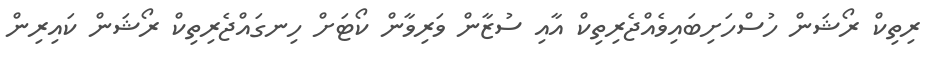
ރިތިކް ރޯޝަން ހުސްހަށިބައިވެއްޖެރިތިކް އާއި ސުޒާން ވަރިވާން ކޯޓަށް ހިނގައްޖެރިތިކް ރޯޝަން ކައިރިން